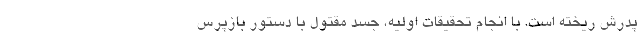
پدرش ریخته است. با انجام تحقیقات اولیه، جسد مقتول با دستور بازپرس